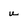
Character: u